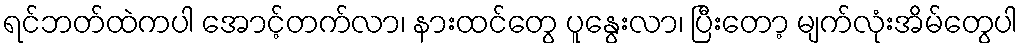
ရင်ဘတ်ထဲကပါ အောင့်တက်လာ၊ နားထင်တွေ ပူနွေးလာ၊ ပြီးတော့ မျက်လုံးအိမ်တွေပါ